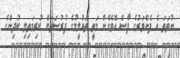
ނުވަތަ އެ ފެންވަރުގެ ފާސް އޮވެގެން މަތީ ތައުލީމުގެ ފުރުސަތަށް ކުރިމަތިލި ކުދިންގެ